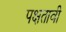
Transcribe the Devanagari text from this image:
पक्षतावी